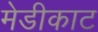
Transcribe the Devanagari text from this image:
मेडीकाट